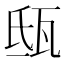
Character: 𤬵